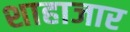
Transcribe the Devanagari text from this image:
शाहाजार